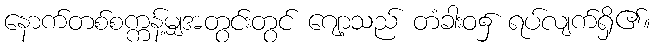
နောက်တစ်စက္ကန့်မျှအတွင်းတွင် ဂျော့သည် တံခါးဝ၌ ရပ်လျက်ရှိ၏။